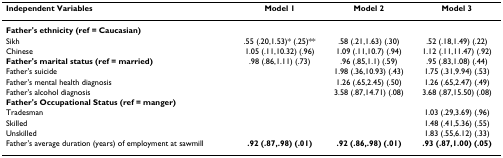
<table><thead><tr><td><b>Independent Variables</b></td><td><b>Model 1</b></td><td><b>Model 2</b></td><td><b>Model 3</b></td></tr></thead><tbody><tr><td><b>Father&#x27;s ethnicity (ref = Caucasian)</b></td><td></td><td></td><td></td></tr><tr><td>Sikh</td><td>.55 (.20,1.53)* (.25)**</td><td>.58 (.21,1.63) (.30)</td><td>.52 (.18,1.49) (.22)</td></tr><tr><td>Chinese</td><td>1.05 (.11,10.32) (.96)</td><td>1.09 (.11,10.7) (.94)</td><td>1.12 (.11,11.47) (.92)</td></tr><tr><td><b>Father&#x27;s marital status (ref = married)</b></td><td>.98 (.86,1.11) (.73)</td><td>.96 (.85,1.1) (.59)</td><td>.95 (.83,1.08) (.44)</td></tr><tr><td>Father&#x27;s suicide</td><td></td><td>1.98 (.36,10.93) (.43)</td><td>1.75 (.31,9.94) (.53)</td></tr><tr><td>Father&#x27;s mental health diagnosis</td><td></td><td>1.26 (.65,2.45) (.50)</td><td>1.26 (.65,2.47) (.49)</td></tr><tr><td>Father&#x27;s alcohol diagnosis</td><td></td><td>3.58 (.87,14.71) (.08)</td><td>3.68 (.87,15.50) (.08)</td></tr><tr><td><b>Father&#x27;s Occupational Status (ref = manger)</b></td><td></td><td></td><td></td></tr><tr><td>Tradesman</td><td></td><td></td><td>1.03 (.29,3.69) (.96)</td></tr><tr><td>Skilled</td><td></td><td></td><td>1.48 (.41,5.36) (.55)</td></tr><tr><td>Unskilled</td><td></td><td></td><td>1.83 (.55,6.12) (.33)</td></tr><tr><td>Father&#x27;s average duration (years) of employment at sawmill</td><td><b>.92 (.87,.98) (.01)</b></td><td><b>.92 (.86,.98) (.01)</b></td><td><b>.93 (.87,1.00) (.05)</b></td></tr></tbody></table>